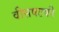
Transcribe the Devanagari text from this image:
वीसषटकी